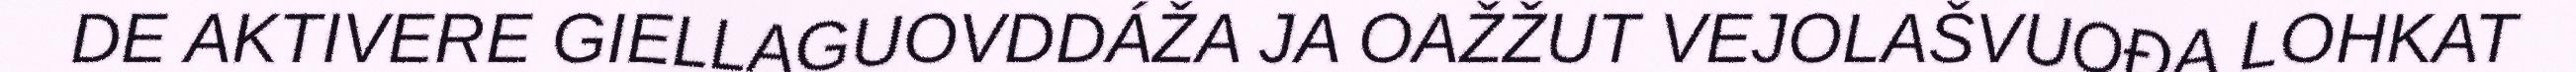
DE AKTIVERE GIELLAGUOVDDÁŽA JA OAŽŽUT VEJOLAŠVUOĐA LOHKAT